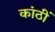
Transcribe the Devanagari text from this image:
कांठीं